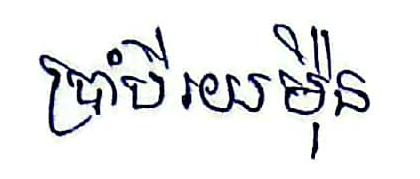
ប្រាំបីរយម៉ឺន